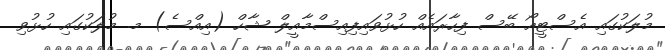
މުލަކުގައި އެސްޓީއޯ ބޭސް ފިހާރައެއް ހުޅުވައިފިއިސްމާއީލް ޝާހް (އިއްސެ) މ. މުލަކުގައި ހުޅުވި